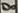
Text: 8